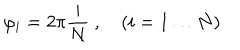
\varphi _ { i } = 2 \pi \frac { i } { N } \ , \quad ( i = 1 \dots N )